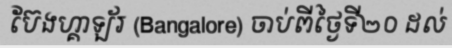
ប៊ែងហ្គាឡ័រ (Bangalore) ចាប់ពីថ្ងៃទី២០ ដល់